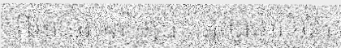
ពីអាមេរិកតម្លៃប្រាក់ដុល្លារអាមេរិក